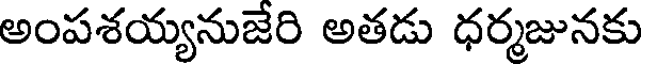
అంపశయ్యనుజేరి అతడు ధర్మజునకు